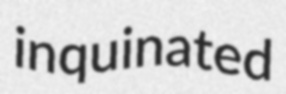
inquinated